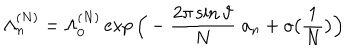
\Lambda _ { n } ^ { ( N ) } = \Lambda _ { 0 } ^ { ( N ) } \exp \Big ( - \frac { 2 \pi \sin \vartheta } N \; { a _ { n } } + o \big ( \frac 1 N \big ) \Big )